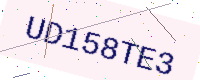
Text: UD158TE3